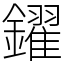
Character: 鑃